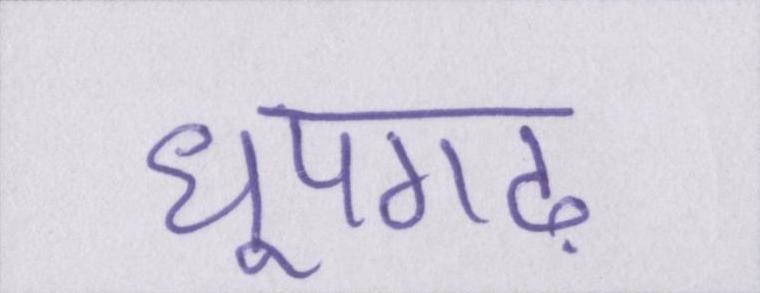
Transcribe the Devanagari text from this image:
धूपगढ़